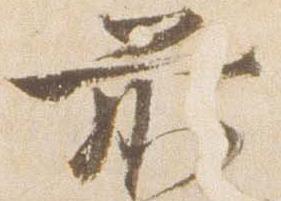
前